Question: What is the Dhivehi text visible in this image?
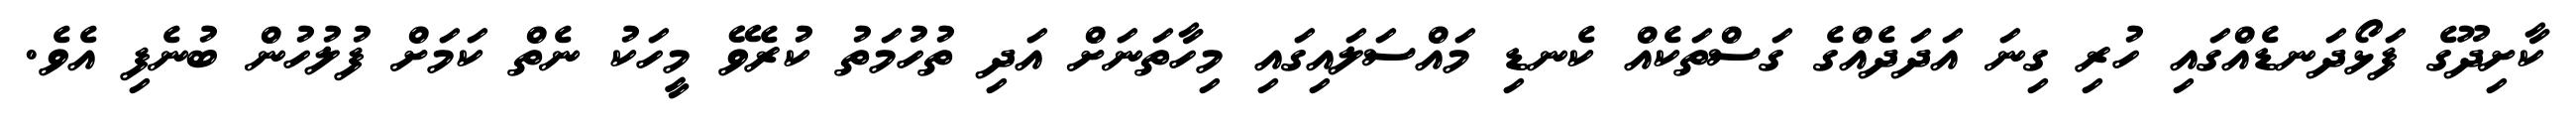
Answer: ކާށިދޫގެ ފަޅޯދަނޑެއްގައި ހުރި ގިނަ އަދަދެއްގެ ގަސްތަކެއް ކެނޑި މައްސަލައިގައި މިހާތަނަށް އަދި ތުހުމަތު ކުރެވޭ މީހަކު ނެތް ކަމަށް ފުލުހުން ބުނެފި އެވެ.